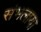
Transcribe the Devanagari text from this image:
संभलाया